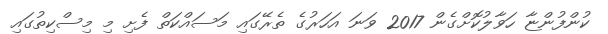
ކުންފުންޏާ ހަވާލުކޮށްގެން 2017 ވަނަ އަހަރުގެ ތެރޭގައި މަސައްކަތް ފެށި މި މިސްކިތުގައި